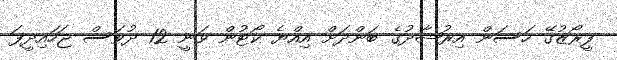
ފީރޯޒުގޭ ހަސަން އިރުޝާދުގެ ބަންދަށް އިއްޔެ ކޯޓުން ވަނީ 12 ދުވަސް ޖަހައިދީފަ